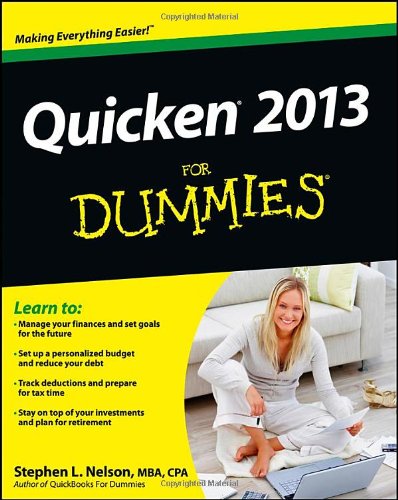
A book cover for Quicken 2013 For Dummies; Stephen L. Nelson; Computers & Technology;